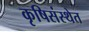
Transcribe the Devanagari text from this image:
कृषिसंस्थेत